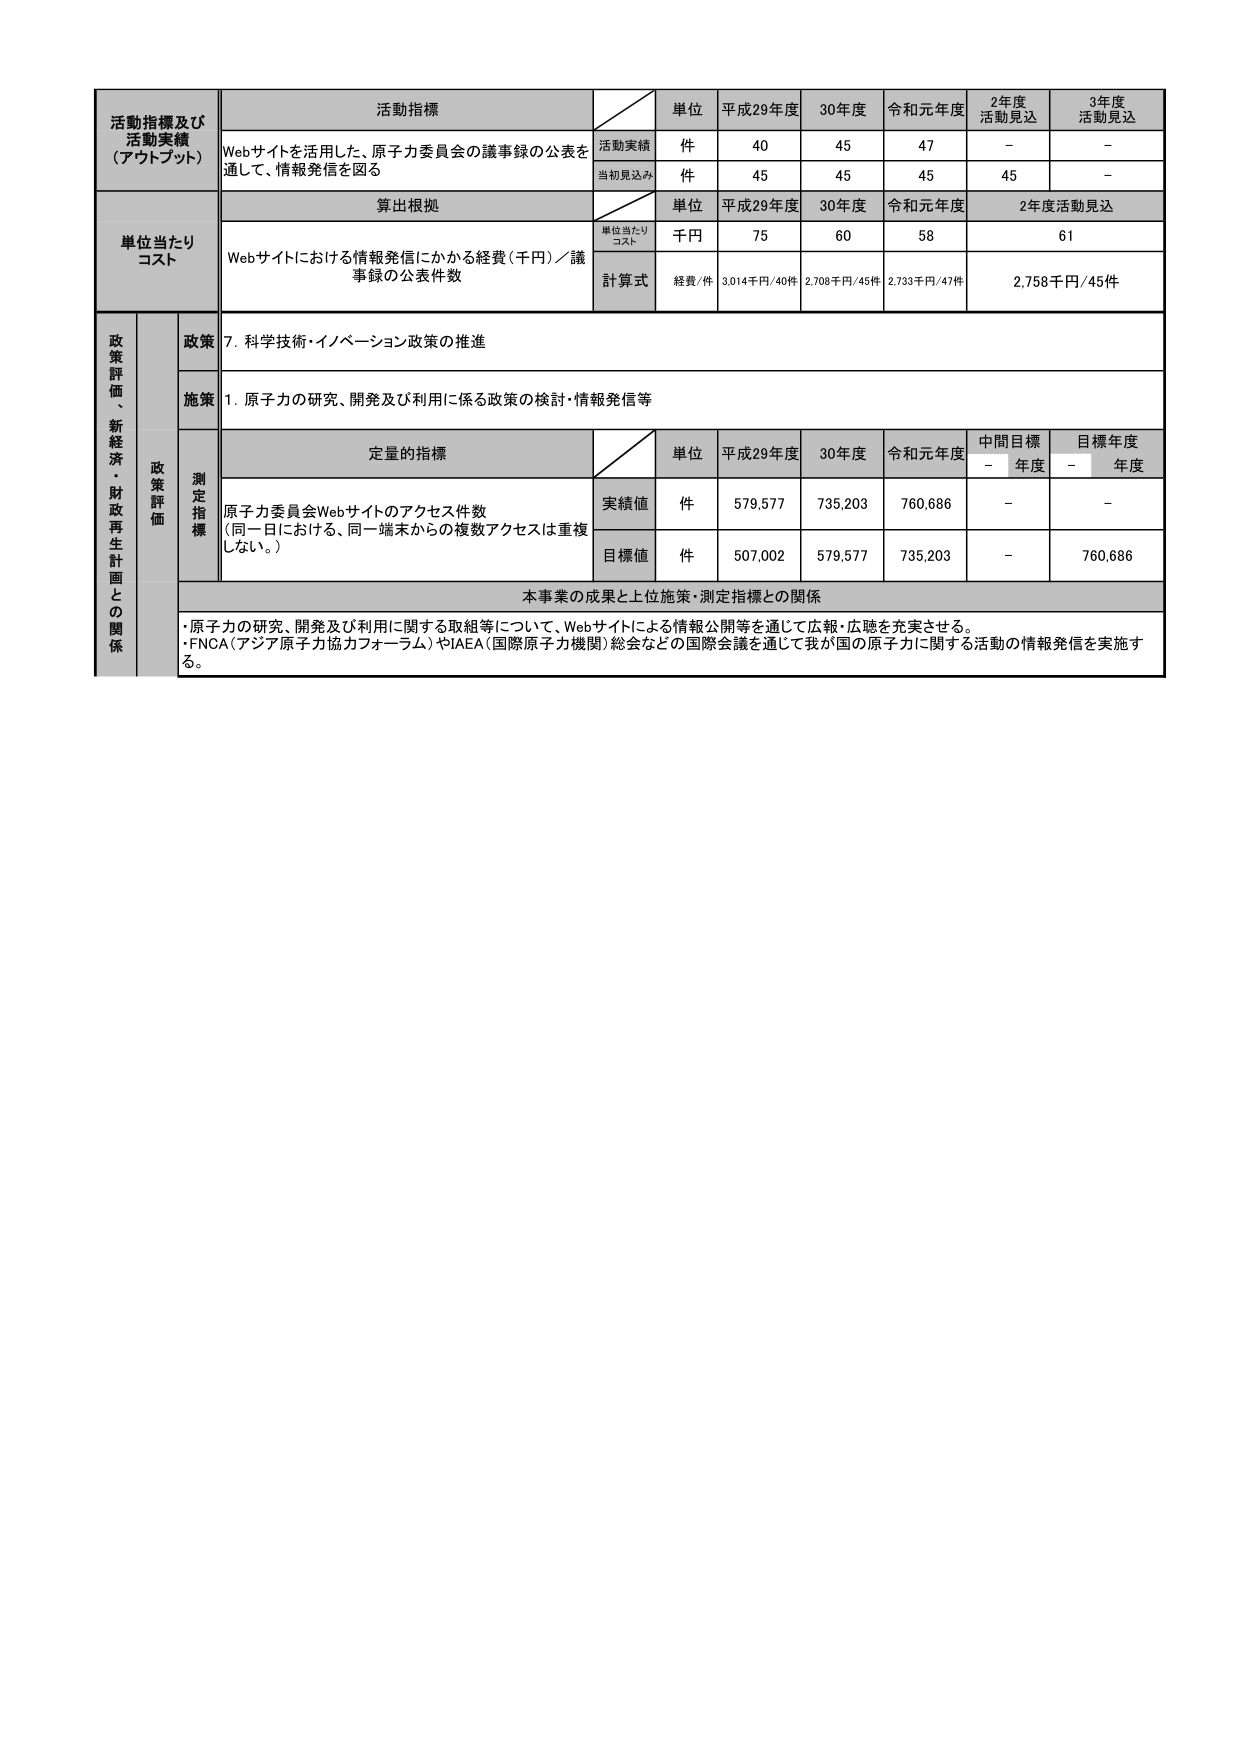
活動指標及び
活動実績
（アウトプット）
活動指標
単位
平成29年度
30年度
令和元年度
2年度
活動見込
3年度
活動見込
Webサイトを活用した、原子力委員会の議事録の公表を
通して、情報発信を図る
活動実績
件
40
45
47
－
－
当初見込み
件
45
45
45
45
－
単位当たり
コスト
算出根拠
単位
平成29年度
30年度
令和元年度
2年度活動見込
単位当たり
コスト
千円
75
60
58
61
Webサイトにおける情報発信にかかる経費（千円）／議
事録の公表件数
計算式
経費/件
3,014千円/40件
2,708千円/45件
2,733千円/47件
2,758千円/45件
政策評価、新経済・財政再生計画との関係
政策
7．科学技術・イノベーション政策の推進
施策
1．原子力の研究、開発及び利用に係る政策の検討・情報発信等
政策評価
測定指標
定量的指標
単位
平成29年度
30年度
令和元年度
中間目標
－年度
目標年度
－年度
原子力委員会Webサイトのアクセス件数
（同一日における、同一端末からの複数アクセスは重複
しない。）
実績値
件
579,577
735,203
760,686
－
－
目標値
件
507,002
579,577
735,203
－
760,686
本事業の成果と上位施策・測定指標との関係
・原子力の研究、開発及び利用に関する取組等について、Webサイトによる情報公開等を通じて広報・広聴を充実させる。
・FNCA（アジア原子力協力フォーラム）やIAEA（国際原子力機関）総会などの国際会議を通じて我が国の原子力に関する活動の情報発信を実施する。